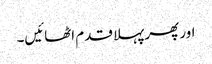
اور پھر پہلا قدم اٹھائیں۔